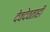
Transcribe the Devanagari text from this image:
देवदेवताही